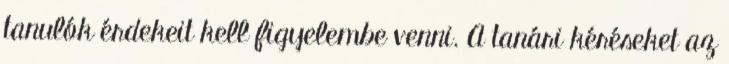
tanulók érdekeit kell figyelembe venni. A tanári kéréseket az